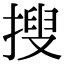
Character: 搜